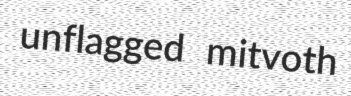
unflagged mitvoth